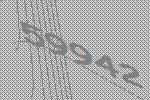
59942